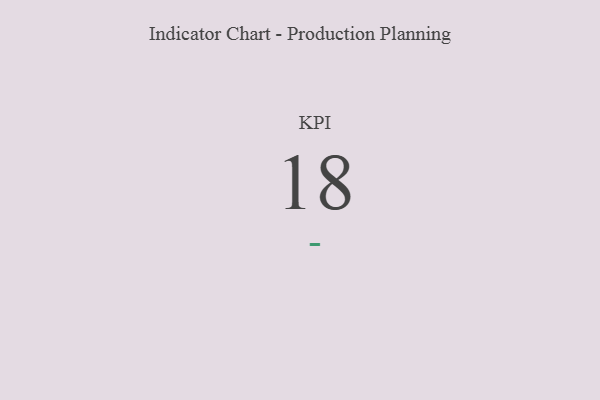
{"axis": {"x": "KPI", "y": "Value"}, "legend": [""], "data": [{"x": "KPI", "y": 18, "type": ""}]}